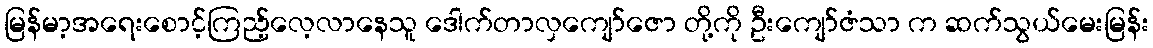
မြန်မာ့အရေးစောင့်ကြည့်လေ့လာနေသူ ဒေါက်တာလှကျော်ဇော တို့ကို ဦးကျော်ဇံသာ က ဆက်သွယ်မေးမြန်း